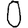
Digit: 0